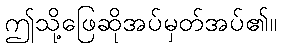
ဤသို့ဖြေဆိုအပ်မှတ်အပ်၏။